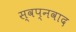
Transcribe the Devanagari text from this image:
स्वप्नवाद